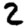
Digit: 2